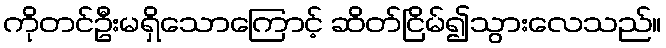
ကိုတင်ဦးမရှိသောကြောင့် ဆိတ်ငြိမ်၍သွားလေသည်။